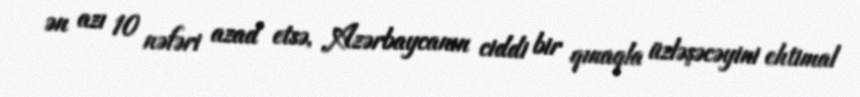
ən azı 10 nəfəri azad etsə, Azərbaycanın ciddi bir qınaqla üzləşəcəyini ehtimal